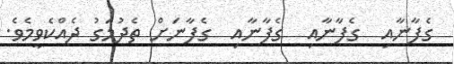
ގެފާނާއި  ގެފާނާއި  ގެފާނާއި  ގެފާނަށް ތެދުމަގު ދެއްކެވީމެވެ.